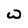
Character: W